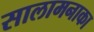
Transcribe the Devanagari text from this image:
सालामनाका